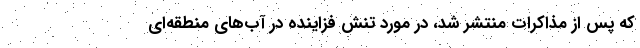
که پس از مذاکرات منتشر شد، در مورد تنش فزاینده در آب‌های منطقه‌ای